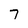
Character: 7